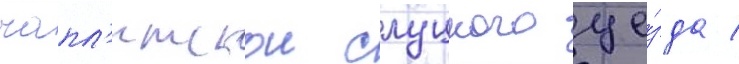
чапл'итскои слуцкого уе́зда /